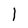
Character: l